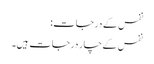
نفس کے درجات:
نفس کےچار درجات ہیں۔